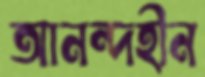
আনন্দহীন